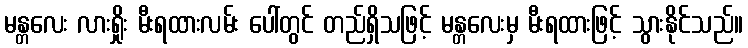
မန္တလေး လားရှိုး မီးရထားလမ်း ပေါ်တွင် တည်ရှိသဖြင့် မန္တလေးမှ မီးရထားဖြင့် သွားနိုင်သည်။